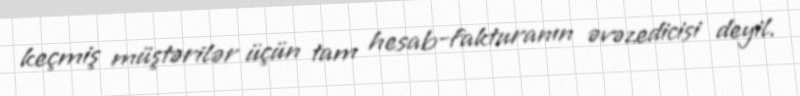
keçmiş müştərilər üçün tam hesab-fakturanın əvəzedicisi deyil.